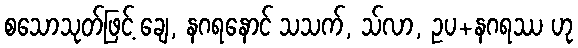
စသောသုတ်ဖြင့် ချေ, နဂရနောင် သသက်, သ်လာ, ဥပ+နဂရဿ ဟု